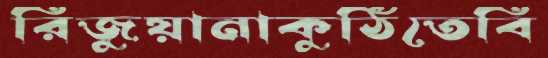
রিজুয়ানাকুঠিতেবি